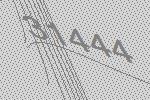
31444